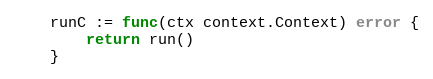
Language: Go
	runC := func(ctx context.Context) error {
		return run()
	}